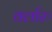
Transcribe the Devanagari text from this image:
वर्लारु